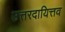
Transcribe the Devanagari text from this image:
उत्तरदायित्तव